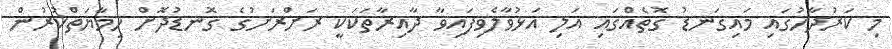
މި ކަރުދާހުގައި މައިގަނޑު ގޮތެއްގައި އަލި އަޅުވާލެވިފައިވާ ދާއިރާތަކަކީ ރަށްރަށުގެ ގޮނޑުދޮށް ހިމާޔަތްކުރުން